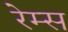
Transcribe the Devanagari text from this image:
रेम्स